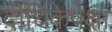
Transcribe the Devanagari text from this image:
दीर्घिकेपेक्षा